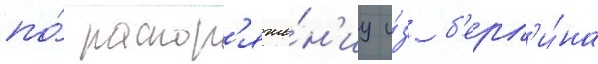
по́ распор'яже́н'иу и́з б'ерл'и́на